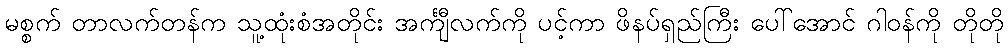
မစ္စက် တာလက်တန်က သူ့ထုံးစံအတိုင်း အင်္ကျီလက်ကို ပင့်ကာ ဖိနပ်ရှည်ကြီး ပေါ်အောင် ဂါဝန်ကို တိုတို